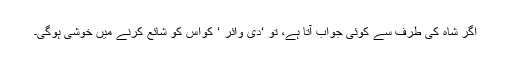
اگر شاہ کی طرف سے کوئی جواب آتا ہے، تو ‘دی وائر ‘ کواس کو شائع کرنے میں خوشی ہوگی۔